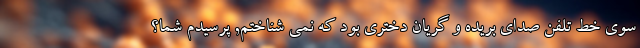
سوی خط تلفن صدای بریده و گریان دختری بود که نمی شناختم, پرسیدم شما؟